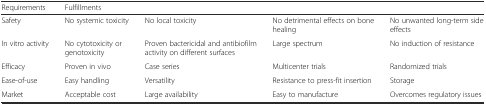
| Requirements | <COLSPAN=4> Fulfillments |
 | --- | --- | --- | --- | --- |
 | Safety | No systemic toxicity | No local toxicity | No detrimental effects on bone healing | No unwanted long-term side effects |
 | In vitro activity | No cytotoxicity or genotoxicity | Proven bactericidal and antibiofilm activity on different surfaces | Large spectrum | No induction of resistance |
 | Efficacy | Proven in vivo | Case series | Multicenter trials | Randomized trials |
 | Ease-of-use | Easy handling | Versatility | Resistance to press-fit insertion | Storage |
 | Market | Acceptable cost | Large availability | Easy to manufacture | Overcomes regulatory issues |